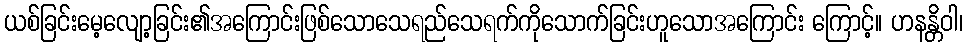
ယစ်ခြင်းမေ့လျော့ခြင်း၏အကြောင်းဖြစ်သောသေရည်သေရက်ကိုသောက်ခြင်းဟူသောအကြောင်း ကြောင့်။ ဟနန္တိဝါ၊